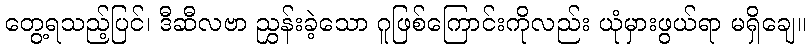
တွေ့ရသည့်ပြင်၊ ဒီဆီလဗာ ညွှန်းခဲ့သော ဂူဖြစ်ကြောင်းကိုလည်း ယုံမှားဖွယ်ရာ မရှိချေ။